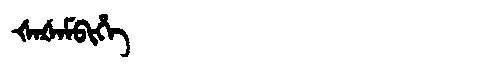
Manchu: ᡧᠠᡧᠠᠮᠪᡳᡥᡝ
Romanization: ŠAŠAMBIHE